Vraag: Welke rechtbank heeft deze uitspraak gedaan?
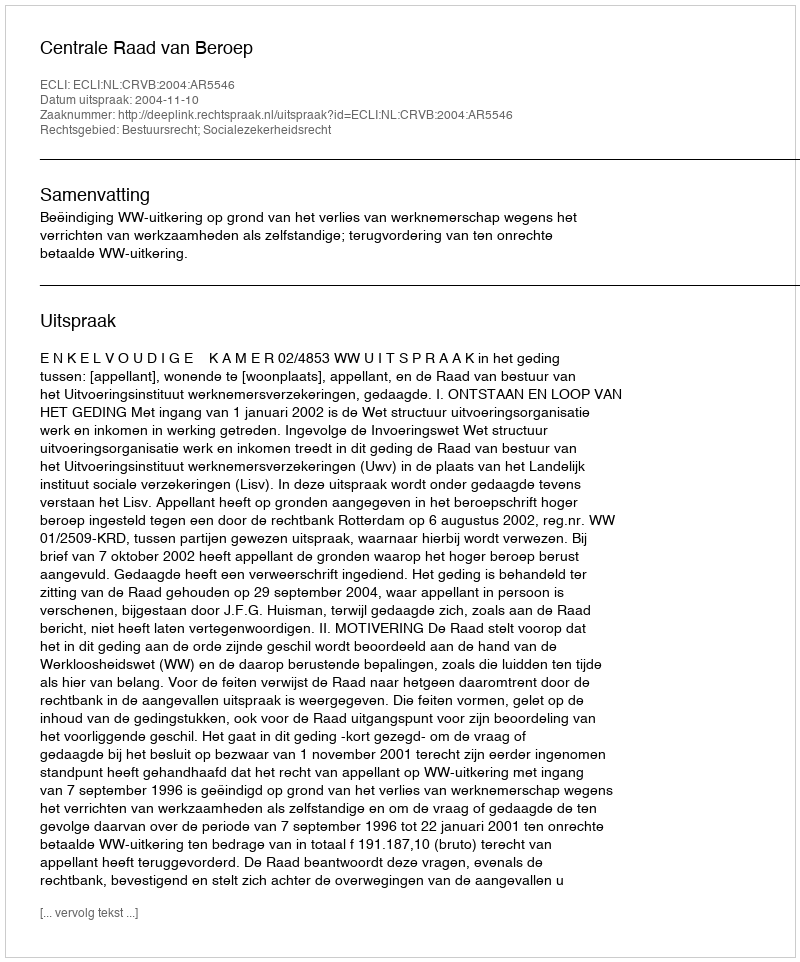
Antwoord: Centrale Raad van Beroep